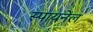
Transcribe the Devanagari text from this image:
स्पायनेल